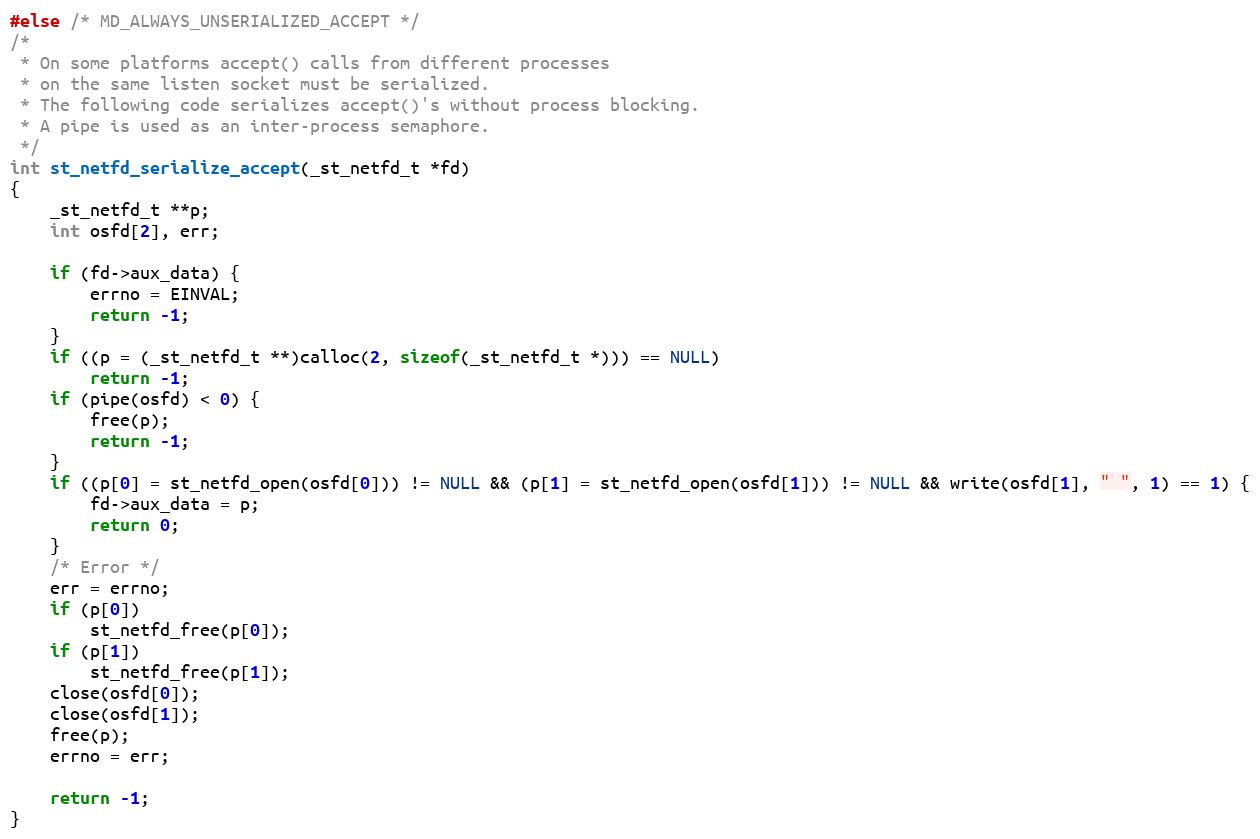
Language: C
#else /* MD_ALWAYS_UNSERIALIZED_ACCEPT */
/*
 * On some platforms accept() calls from different processes
 * on the same listen socket must be serialized.
 * The following code serializes accept()'s without process blocking.
 * A pipe is used as an inter-process semaphore.
 */
int st_netfd_serialize_accept(_st_netfd_t *fd)
{
    _st_netfd_t **p;
    int osfd[2], err;

    if (fd->aux_data) {
        errno = EINVAL;
        return -1;
    }
    if ((p = (_st_netfd_t **)calloc(2, sizeof(_st_netfd_t *))) == NULL)
        return -1;
    if (pipe(osfd) < 0) {
        free(p);
        return -1;
    }
    if ((p[0] = st_netfd_open(osfd[0])) != NULL && (p[1] = st_netfd_open(osfd[1])) != NULL && write(osfd[1], " ", 1) == 1) {
        fd->aux_data = p;
        return 0;
    }
    /* Error */
    err = errno;
    if (p[0])
        st_netfd_free(p[0]);
    if (p[1])
        st_netfd_free(p[1]);
    close(osfd[0]);
    close(osfd[1]);
    free(p);
    errno = err;

    return -1;
}